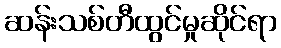
ဆန်းသစ်တီထွင်မှုဆိုင်ရာ